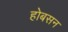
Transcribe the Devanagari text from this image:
होबसन